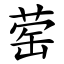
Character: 䓨